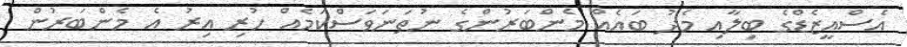
އެސްއީޒެޑްގެ ބިލާއި މެދު ބައެއް މެންބަރުންގެ ނުތަނަވަސްކަމެއް ހުރި އިރު އެ މެންބަރުން